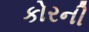
કોરની